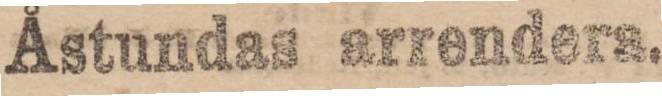
Åstundas arrendera.